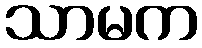
သာမက